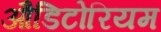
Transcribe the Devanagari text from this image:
औडिटोरियम